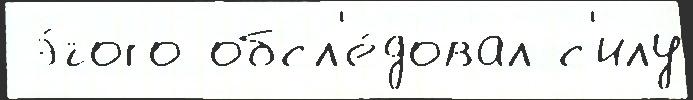
 э́того обсл'е́довал с'илу